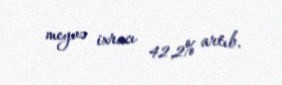
meyvə ixracı 42,2% artıb.